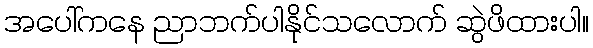
အပေါ်ကနေ ညာဘက်ပါနိုင်သလောက် ဆွဲဖိထားပါ။